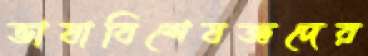
ভাষাবিশেষজ্ঞদের